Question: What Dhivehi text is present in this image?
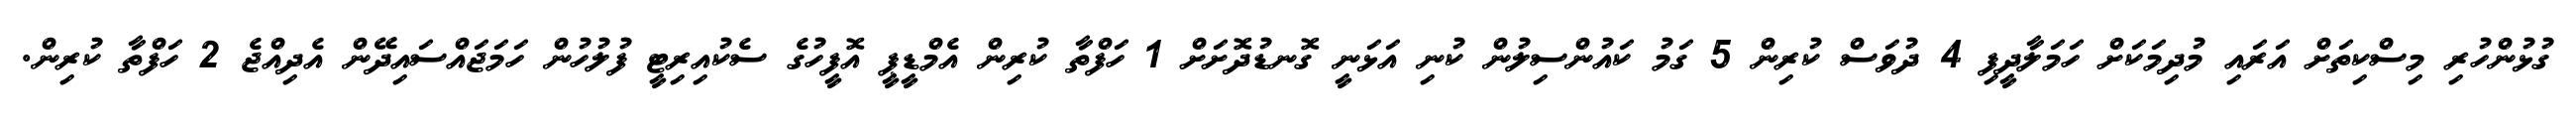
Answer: ގުޅުންހުރި މިސްކިތަށް އަރައި މުދިމަކަށް ހަމަލާދީފި 4 ދުވަސް ކުރިން 5 ގަމު ކައުންސިލުން ކުނި އަޅަނީ ގޮނޑުދޮށަށް 1 ހަފްތާ ކުރިން އެމްޑީޕީ އޮފީހުގެ ސެކުއިރިޓީ ފުލުހުން ހަމަޖައްސައިދޭން އެދިއްޖެ 2 ހަފްތާ ކުރިން.